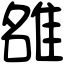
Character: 𨿅